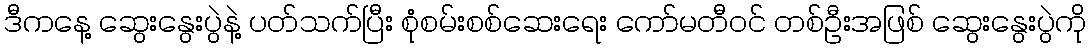
ဒီကနေ့ ဆွေးနွေးပွဲနဲ့ ပတ်သက်ပြီး စုံစမ်းစစ်ဆေးရေး ကော်မတီဝင် တစ်ဦးအဖြစ် ဆွေးနွေးပွဲကို